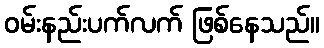
ဝမ်းနည်းပက်လက် ဖြစ်နေသည်။